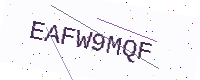
Text: EAFW9MQF